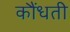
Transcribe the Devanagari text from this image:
कौंधती